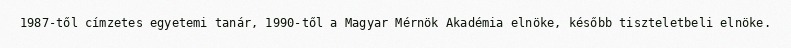
1987-től címzetes egyetemi tanár, 1990-től a Magyar Mérnök Akadémia elnöke, később tiszteletbeli elnöke.